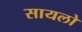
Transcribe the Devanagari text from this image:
सायलो